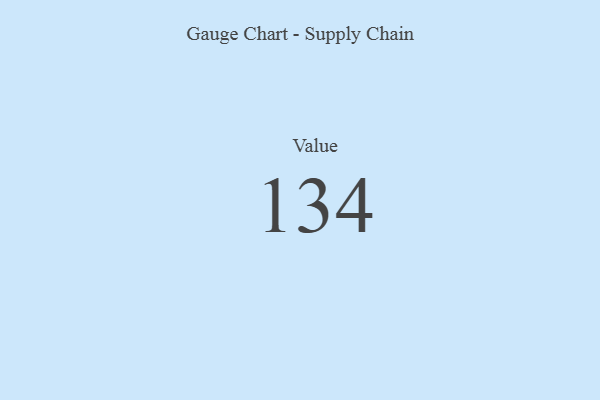
{"axis": {"x": "Metric", "y": "Value"}, "legend": [""], "data": [{"x": "Value", "y": 134, "type": ""}]}